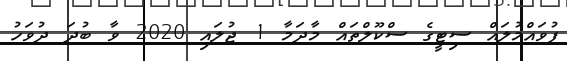
ފުވައްމުލައް ސިޓީގެ ސްކޫލްތައް މާދަމާ 1 ޖުލައި 2020 ވާ ބުދަ ދުވަހު